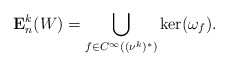
\begin{align*} \mathbf{E}^k_n(W)=\bigcup_{f\in C^\infty((\nu^k)^*)}\ker(\omega_f).\end{align*}